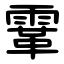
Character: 䨣